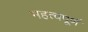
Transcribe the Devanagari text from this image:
भहत्वपूर्ण